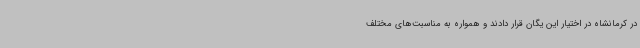
در کرمانشاه در اختیار این یگان قرار دادند و همواره به مناسبت‌های مختلف